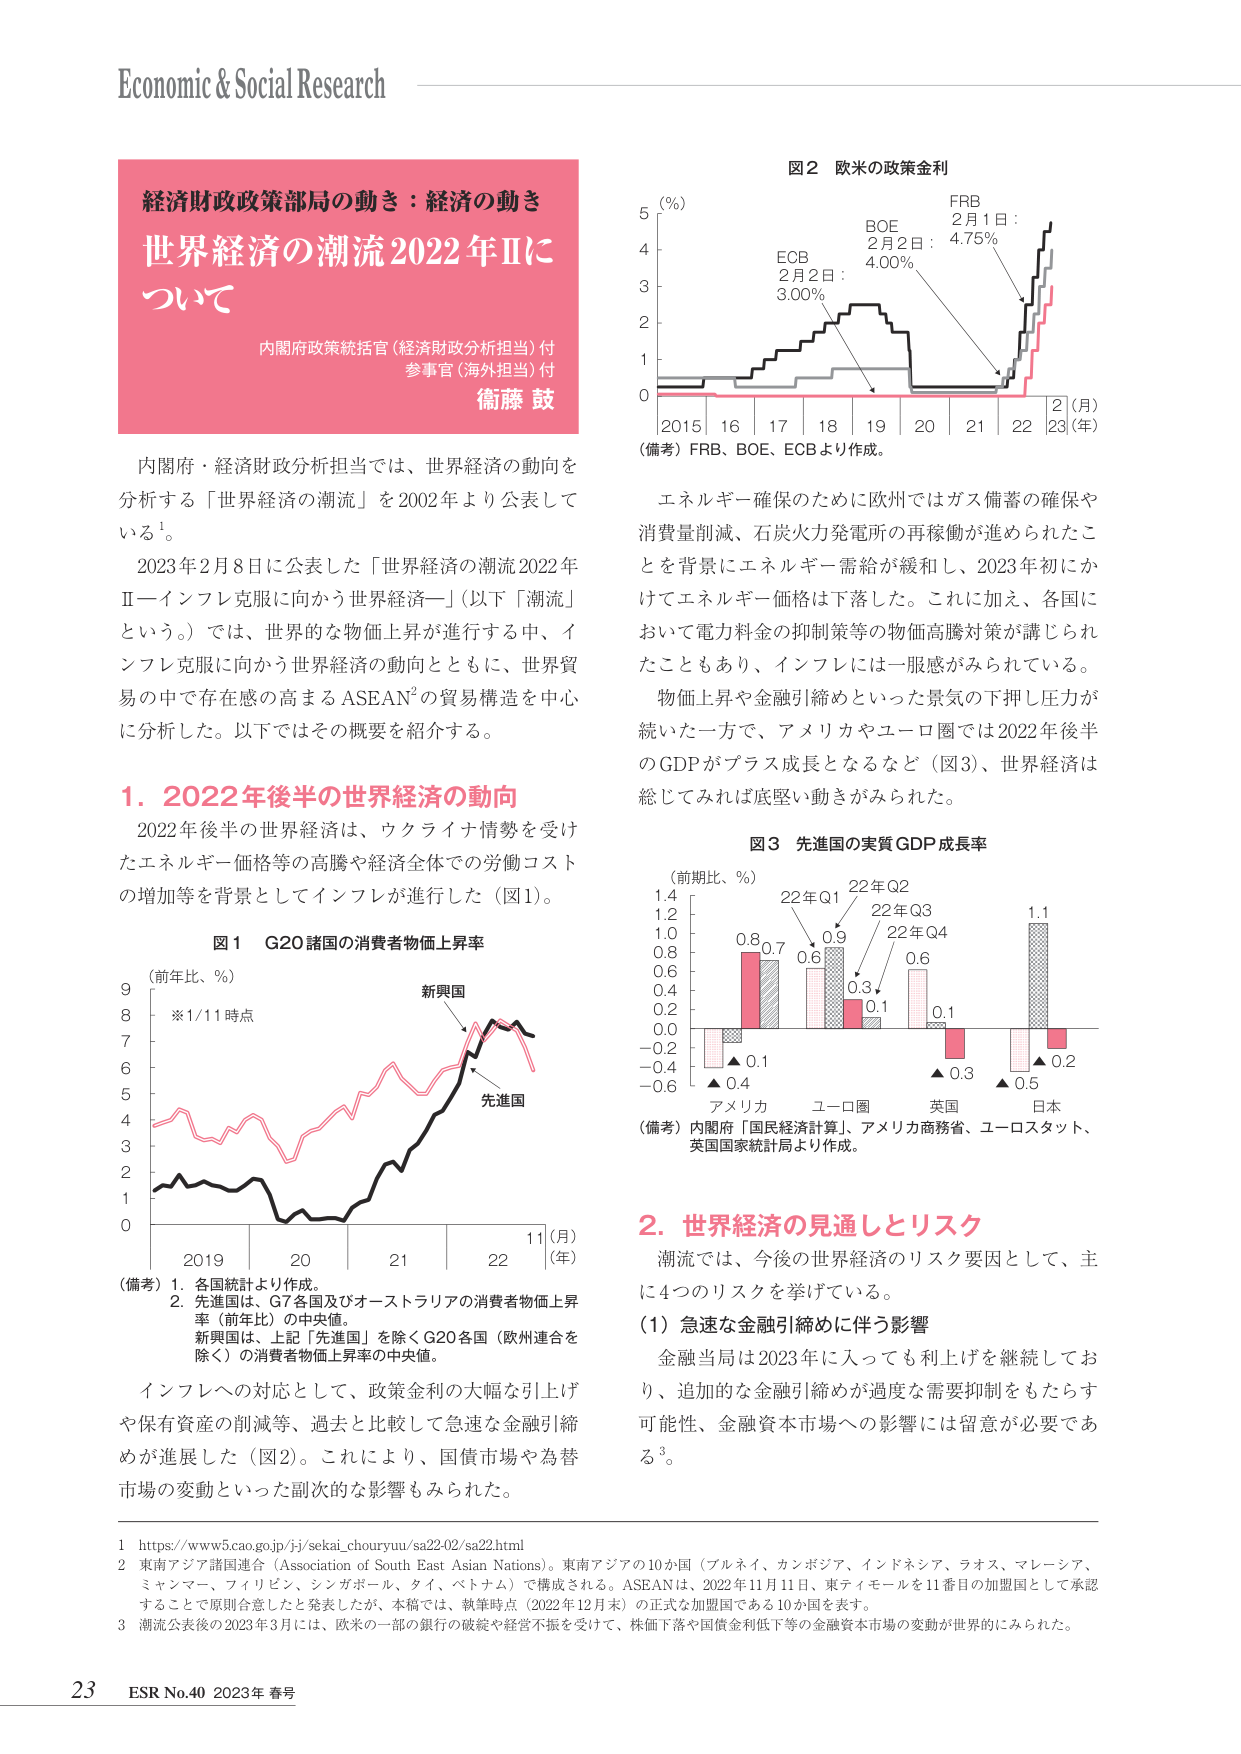
Economic & Social Research

経済財政政策部局の動き：経済の動き
世界経済の潮流2022年Ⅱについて

内閣府政策統括官（経済財政分析担当）付
参事官（海外担当）付
衛藤 鼓

内閣府・経済財政分析担当では、世界経済の動向を分析する「世界経済の潮流」を2002年より公表している¹。

2023年2月8日に公表した「世界経済の潮流2022年Ⅱ―インフレ克服に向かう世界経済―」（以下「潮流」という。）では、世界的な物価上昇が進行する中、インフレ克服に向かう世界経済の動向とともに、世界貿易の中で存在感の高まるASEAN²の貿易構造を中心に分析した。以下ではその概要を紹介する。

1. 2022年後半の世界経済の動向
2022年後半の世界経済は、ウクライナ情勢を受けたエネルギー価格等の高騰や経済全体での労働コストの増加等を背景としてインフレが進行した（図1）。

図1 G20諸国の消費者物価上昇率
（前年比、％）
※1/11時点
新興国
先進国
2019 20 21 22 11（月）（年）
（備考）1. 各国統計より作成。
2. 先進国は、G7各国及びオーストラリアの消費者物価上昇率（前年比）の中央値。
新興国は、上記「先進国」を除くG20各国（欧州連合を除く）の消費者物価上昇率の中央値。

インフレへの対応として、政策金利の大幅な引上げや保有資産の削減等、過去と比較して急速な金融引締めが進展した（図2）。これにより、国債市場や為替市場の変動といった副次的な影響もみられた。

図2 欧米の政策金利
（％）
ECB 2月2日：3.00％
BOE 2月2日：4.00％
FRB 2月1日：4.75％
2015 16 17 18 19 20 21 22 2（月）23（年）
（備考）FRB、BOE、ECBより作成。

エネルギー確保のために欧州ではガス備蓄の確保や消費量削減、石炭火力発電所の再稼働が進められたことを背景にエネルギー需給が緩和し、2023年初にかけてエネルギー価格は下落した。これに加え、各国において電力料金の抑制策等の物価高騰対策が講じられたこともあり、インフレには一服感がみられている。

物価上昇や金融引締めといった景気の下押し圧力が続いた一方で、アメリカやユーロ圏では2022年後半のGDPがプラス成長となるなど（図3）、世界経済は総じてみれば底堅い動きがみられた。

図3 先進国の実質GDP成長率
（前期比、％）
22年Q1 22年Q2 22年Q3 22年Q4
0.8 0.7 0.6 0.9 0.3 0.6 0.1 1.1
▲0.1 ▲0.4 ▲0.3 ▲0.5 ▲0.2
アメリカ ユーロ圏 英国 日本
（備考）内閣府「国民経済計算」、アメリカ商務省、ユーロスタット、英国国家統計局より作成。

2. 世界経済の見通しとリスク
潮流では、今後の世界経済のリスク要因として、主に4つのリスクを挙げている。

（1）急速な金融引締めに伴う影響
金融当局は2023年に入っても利上げを継続しており、追加的な金融引締めが過度な需要抑制をもたらす可能性、金融資本市場への影響には留意が必要である³。

1 https://www5.cao.go.jp/jj/sekai_chouryu/sa2202/sa22.html
2 東南アジア諸国連合（Association of South East Asian Nations）。東南アジアの10か国（ブルネイ、カンボジア、インドネシア、ラオス、マレーシア、ミャンマー、フィリピン、シンガポール、タイ、ベトナム）で構成される。ASEANは、2022年11月11日、東ティモールを11番目の加盟国として承認することで原則合意したと発表したが、本稿では、執筆時点（2022年12月末）の正式な加盟国である10か国を表す。
3 潮流公表後の2023年3月には、欧米の一部の銀行の破綻や経営不振を受け、株価下落や国債金利低下等の金融資本市場の変動が世界的にみられた。

23 ESR No.40 2023年 春号